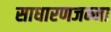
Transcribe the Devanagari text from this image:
साधारणजन्मा